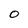
Character: o